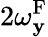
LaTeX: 2\omega_{\mathbf{y}}^{\mathrm{{F}}}